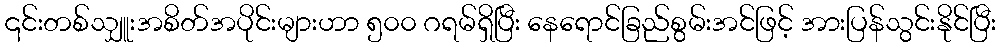
၎င်းတစ်သျှူးအစိတ်အပိုင်းများဟာ ၅၀၀ ဂရမ်ရှိပြီး နေရောင်ခြည်စွမ်းအင်ဖြင့် အားပြန်သွင်းနိုင်ပြီး